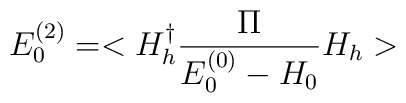
E_{0}^{(2)}=<H_{h}^{\dagger}\frac{\Pi}{E_{0}^{(0)}-H_{0}}H_{h}>